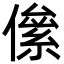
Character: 㒍